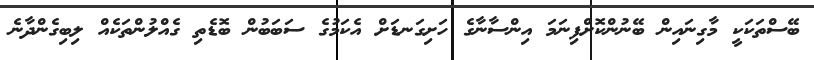
ބޭސްތަކަކީ މާގިނައިން ބޭނުންކޮށްފިނަމަ އިންސާނާގެ ހަށިގަނޑަށް އެކަމުގެ ސަބަބުން ބޮޑެތި ގެއްލުންތަކެއް ލިބިގެންދާނެ